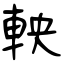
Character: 軮